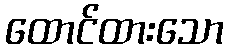
ထောင်ထားသော